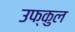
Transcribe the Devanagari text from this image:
उफ्कुल